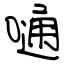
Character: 嗵